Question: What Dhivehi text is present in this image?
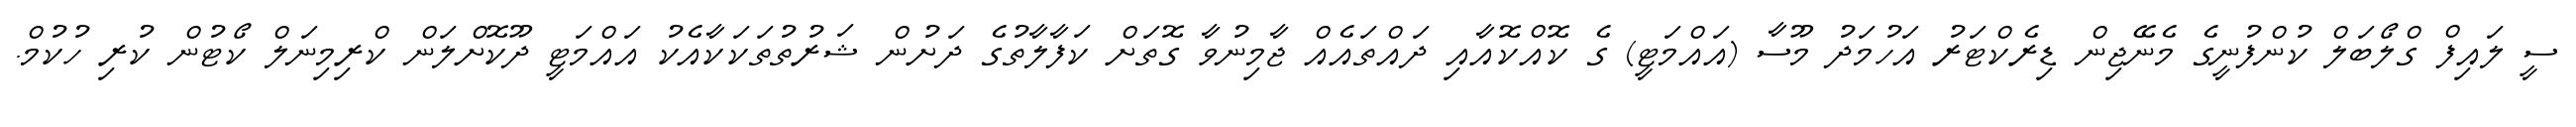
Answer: ސީ ލައިފް ގްލޯބަލް ކުންފުނީގެ މެނޭޖިން ޑިރެކްޓަރު އަހުމަދު މޫސާ (އައްމަޓީ) ގެ ކޮއްކޮއާއި ދައްތައެއް ޖާމިނުވާ ގޮތަށް ކަފާލާތުގެ ދަށުން ޝަރުތުތަކަކާއެކު އައްމަޓީ ދޫކޮށްލަން ކްރިމިނަލް ކޯޓުން ކުރި ހުކުމް.